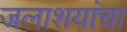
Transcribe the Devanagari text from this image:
जलाशयांचा